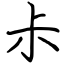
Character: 尗